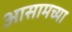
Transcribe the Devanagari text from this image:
अासामच्या